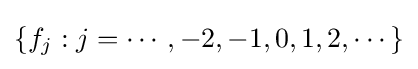
\{f_{j}:j=\cdots ,-2,-1,0,1,2,\cdots \}